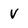
Character: V